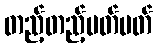
တည့်တည့်မတ်မတ်